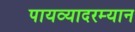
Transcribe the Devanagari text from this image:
पायव्यादरम्यान